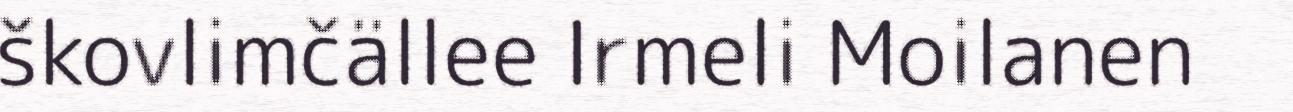
škovlimčällee Irmeli Moilanen